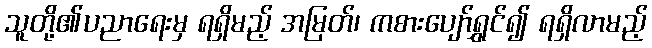
သူတို့၏ပညာရေးမှ ရရှိမည့် အမြတ်၊ ကစားပျော်ရွှင်၍ ရရှိလာမည့်